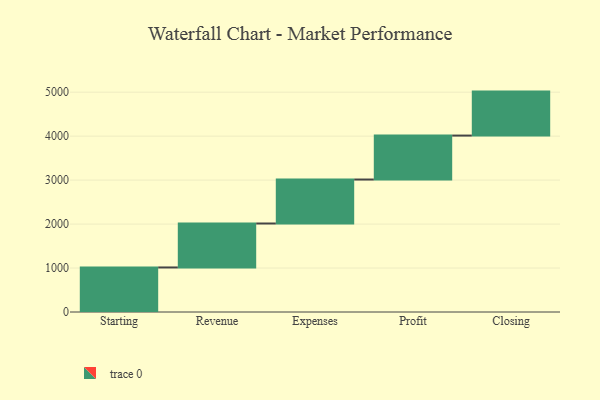
{"axis": {"x": "Step", "y": "Value"}, "legend": [""], "data": [{"x": "Starting", "y": 1013.0, "type": ""}, {"x": "Revenue", "y": 1000, "type": ""}, {"x": "Expenses", "y": 1000, "type": ""}, {"x": "Profit", "y": 1000, "type": ""}, {"x": "Closing", "y": 1000, "type": ""}]}